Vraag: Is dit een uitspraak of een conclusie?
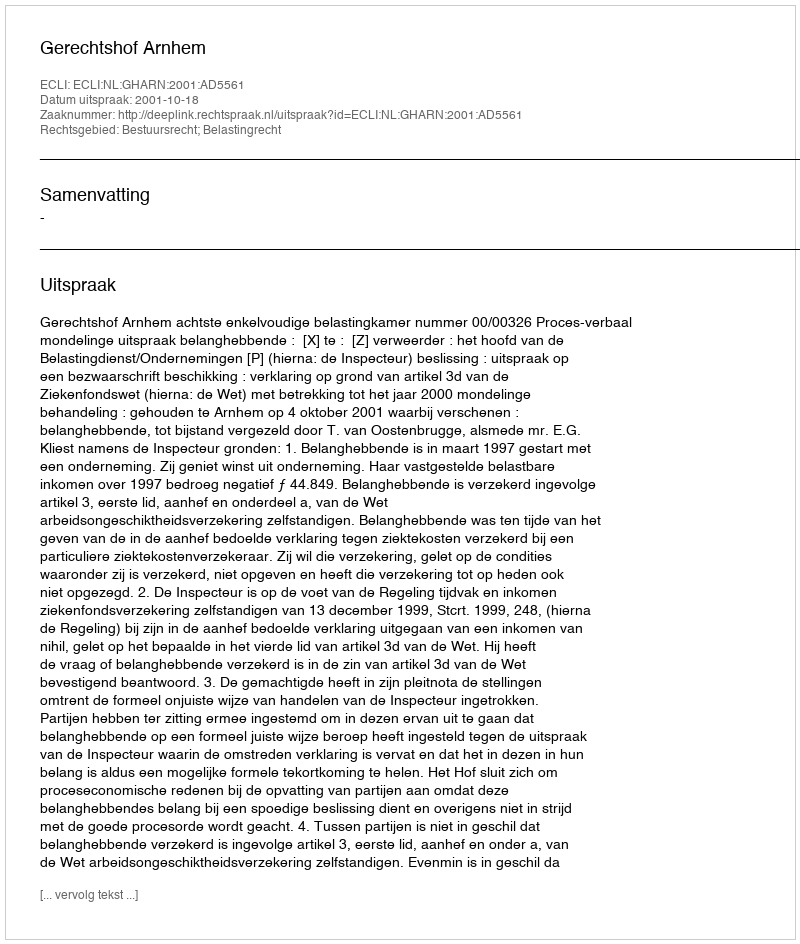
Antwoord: Uitspraak